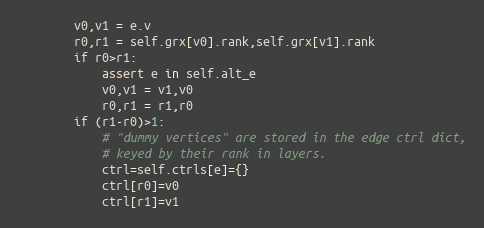
Language: Python
        v0,v1 = e.v
        r0,r1 = self.grx[v0].rank,self.grx[v1].rank
        if r0>r1:
            assert e in self.alt_e
            v0,v1 = v1,v0
            r0,r1 = r1,r0
        if (r1-r0)>1:
            # "dummy vertices" are stored in the edge ctrl dict,
            # keyed by their rank in layers.
            ctrl=self.ctrls[e]={}
            ctrl[r0]=v0
            ctrl[r1]=v1